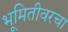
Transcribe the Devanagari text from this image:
भूमितीवरचा